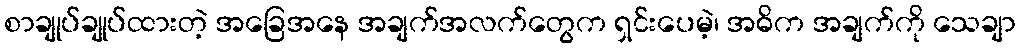
စာချုပ်ချုပ်ထားတဲ့ အခြေအနေ အချက်အလက်တွေက ရှင်းပေမဲ့၊ အဓိက အချက်ကို သေချာ